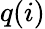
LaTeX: q(i)